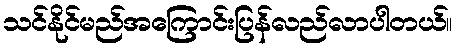
သင်နိုင်မည်အကြောင်းပြန်လည်လာပါတယ်။